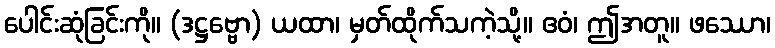
ပေါင်းဆုံခြင်းကို။ (ဒဋ္ဌဗ္ဗော) ယထာ၊ မှတ်ထိုက်သကဲ့သို့။ ဧဝံ၊ ဤအတူ။ ဖဿော၊